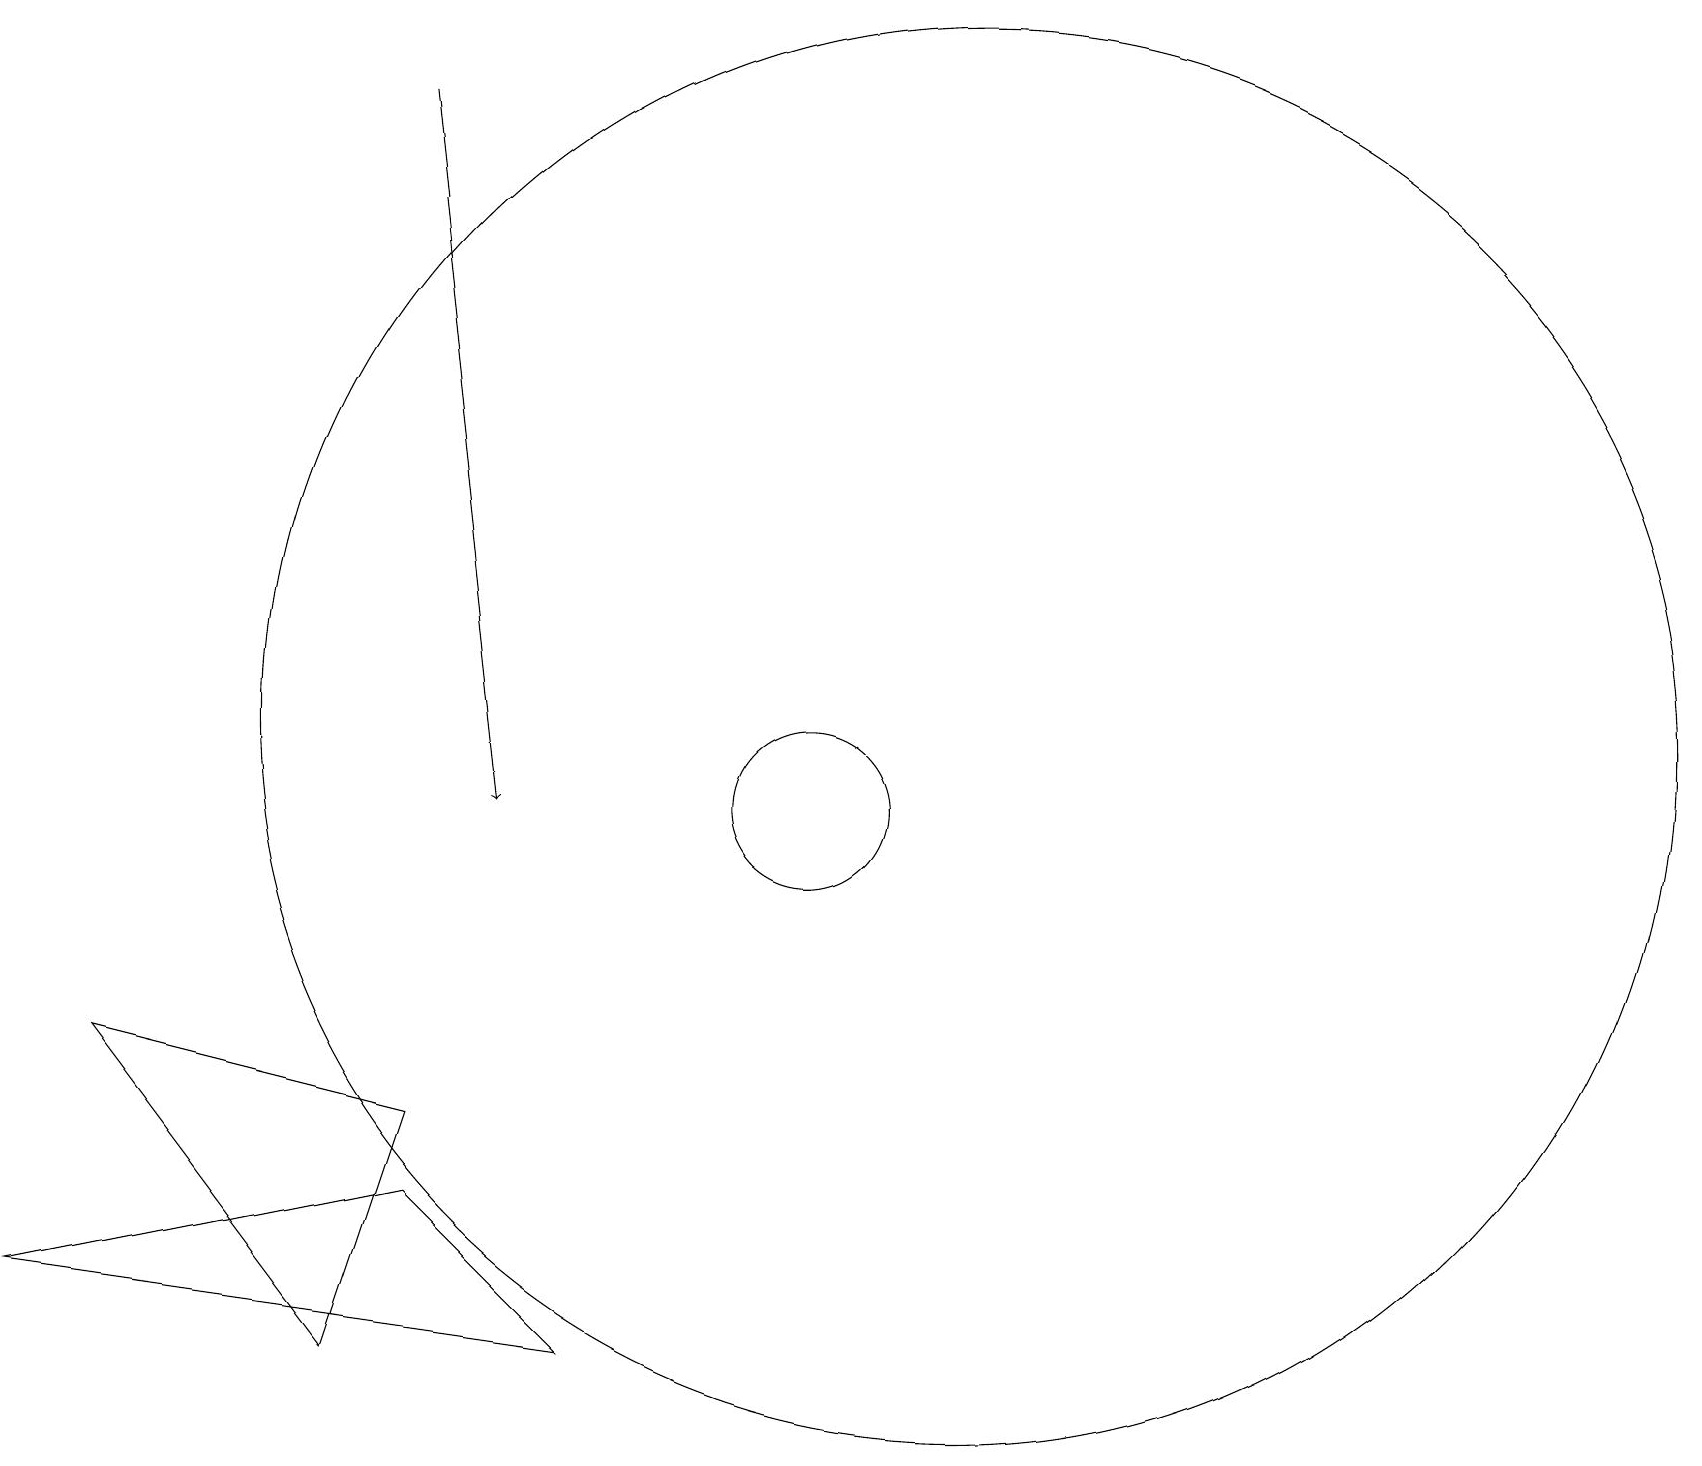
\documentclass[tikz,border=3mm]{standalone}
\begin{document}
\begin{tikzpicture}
\draw[->] (5,19) -- (6,10);
\draw (11,12) circle (0);
\draw (12,11) circle (9);
\draw (0,4) -- (5,5) -- (7,3) -- cycle;
\draw (10,10) circle (1);
\draw (4,3) -- (5,6) -- (1,7) -- cycle;
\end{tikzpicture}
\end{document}